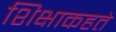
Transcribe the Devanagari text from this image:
शिक्षाकहते